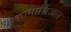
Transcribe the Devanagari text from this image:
कामार्सिअल